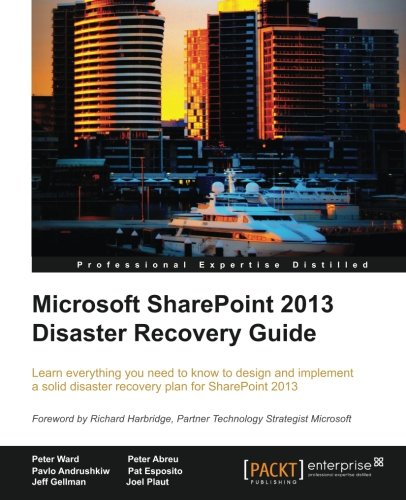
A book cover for Microsoft SharePoint 2013 Disaster Recovery Guide; Peter Ward; Computers & Technology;